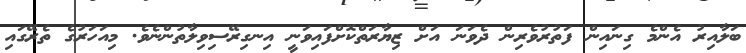
ބަލާއިރު އެންމެ ގިނައިން ފަތުރުވެރިން ދެވަނަ އަށް ޒިޔާރަތްކޮށްފައިވަނީ އިނގިރޭސިވިލާތުންނެވެ. މިއަހަރުގެ ތެރޭގައި